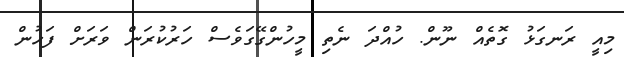
މިއީ ރަނގަޅު ގޮތެއް ނޫން. ހުއްދަ ނެތި މީހުންގޭގަވެސް ހަރުކުރަން ވަރަށް ފަހުން